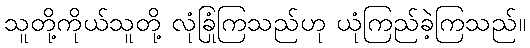
သူတို့ကိုယ်သူတို့ လုံခြုံကြသည်ဟု ယုံကြည်ခဲ့ကြသည်။